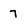
Character: 7